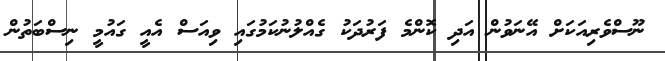
ނޫސްވެރިއަކަށް އޭނަވުން އަދި ކޮންމެ ފަރުދަކު ގެއްލުނުކަމުގައި ވިއަސް އެއީ ގައުމީ ނިސްބަތުން